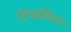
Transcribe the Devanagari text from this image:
टिचकीरून